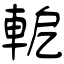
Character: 軶